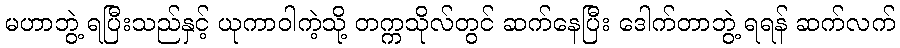
မဟာဘွဲ့ ရပြီးသည်နှင့် ယုကာဝါကဲ့သို့ တက္ကသိုလ်တွင် ဆက်နေပြီး ဒေါက်တာဘွဲ့ ရရန် ဆက်လက်